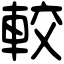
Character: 較